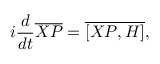
i \frac { d } { d t } \overline { { { X P } } } = \overline { { { [ X P , H ] } } } ,